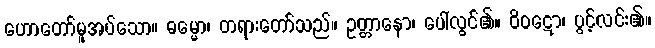
ဟောတော်မူအပ်သော။ ဓမ္မော၊ တရားတော်သည်။ ဥတ္တာနော၊ ပေါ်လွင်၏။ ဝိဝဋော၊ ပွင့်လင်း၏။